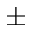
\pm